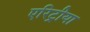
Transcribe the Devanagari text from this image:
एरिट्रीया